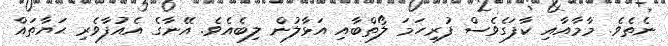
ނެތެވެ. މާމާއާއި ކާފަގެވެސް ފުރިހަމަ ލޯތްބާއި އަޅާލުން ލިބެއެވެ. އޭނާގެ އެއުފާވެރި ޙަޔާތައް